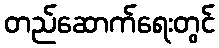
တည်ဆောက်ရေးတွင်